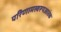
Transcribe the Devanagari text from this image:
परिणामस्वरूपआतंक